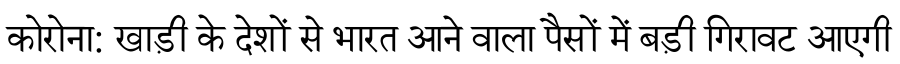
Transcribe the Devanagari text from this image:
कोरोना: खाड़ी के देशों से भारत आने वाला पैसों में बड़ी गिरावट आएगी